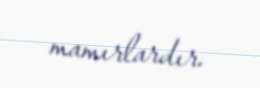
mamırlardır.